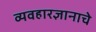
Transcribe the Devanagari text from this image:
व्यवहारज्ञानाचे